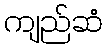
ကျည်ဆံ